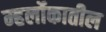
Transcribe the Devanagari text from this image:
म्हर्लोकातील